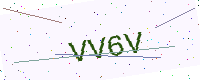
Text: VV6V